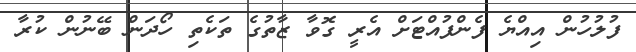
ފުލުހުން އިއްޔެ ފެންފުއްޓަށް އެރީ ގޮވާ ޒާތުގެ ތަކެތި ހޯދަން ބޭނުން ކުރާ